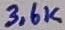
Text: 3,6K